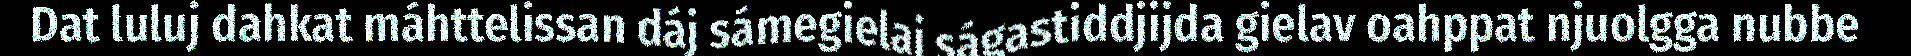
Dat luluj dahkat máhttelissan dáj sámegielaj ságastiddjijda gielav oahppat njuolgga nubbe